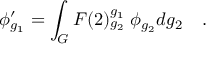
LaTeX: \phi _ { g _ { 1 } } ^ { \prime } = \int _ { G } F ( 2 ) _ { g _ { 2 } } ^ { g _ { 1 } } \; \phi _ { g _ { 2 } } d g _ { 2 } \quad .